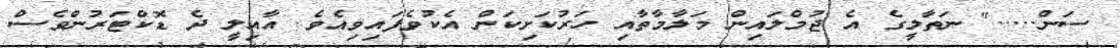
ސަން....." ނަތާލީގެ އެ ޖުމްލައިން މަލާމާތާއި ހަރުކަށިކަން އެކުވެފައިވިއެވެ. އާއިލީ ދެ ޑޮކްޓަރުންވެސް